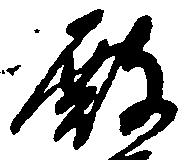
殿